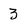
Character: 3